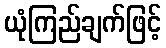
ယုံကြည်ချက်ဖြင့်